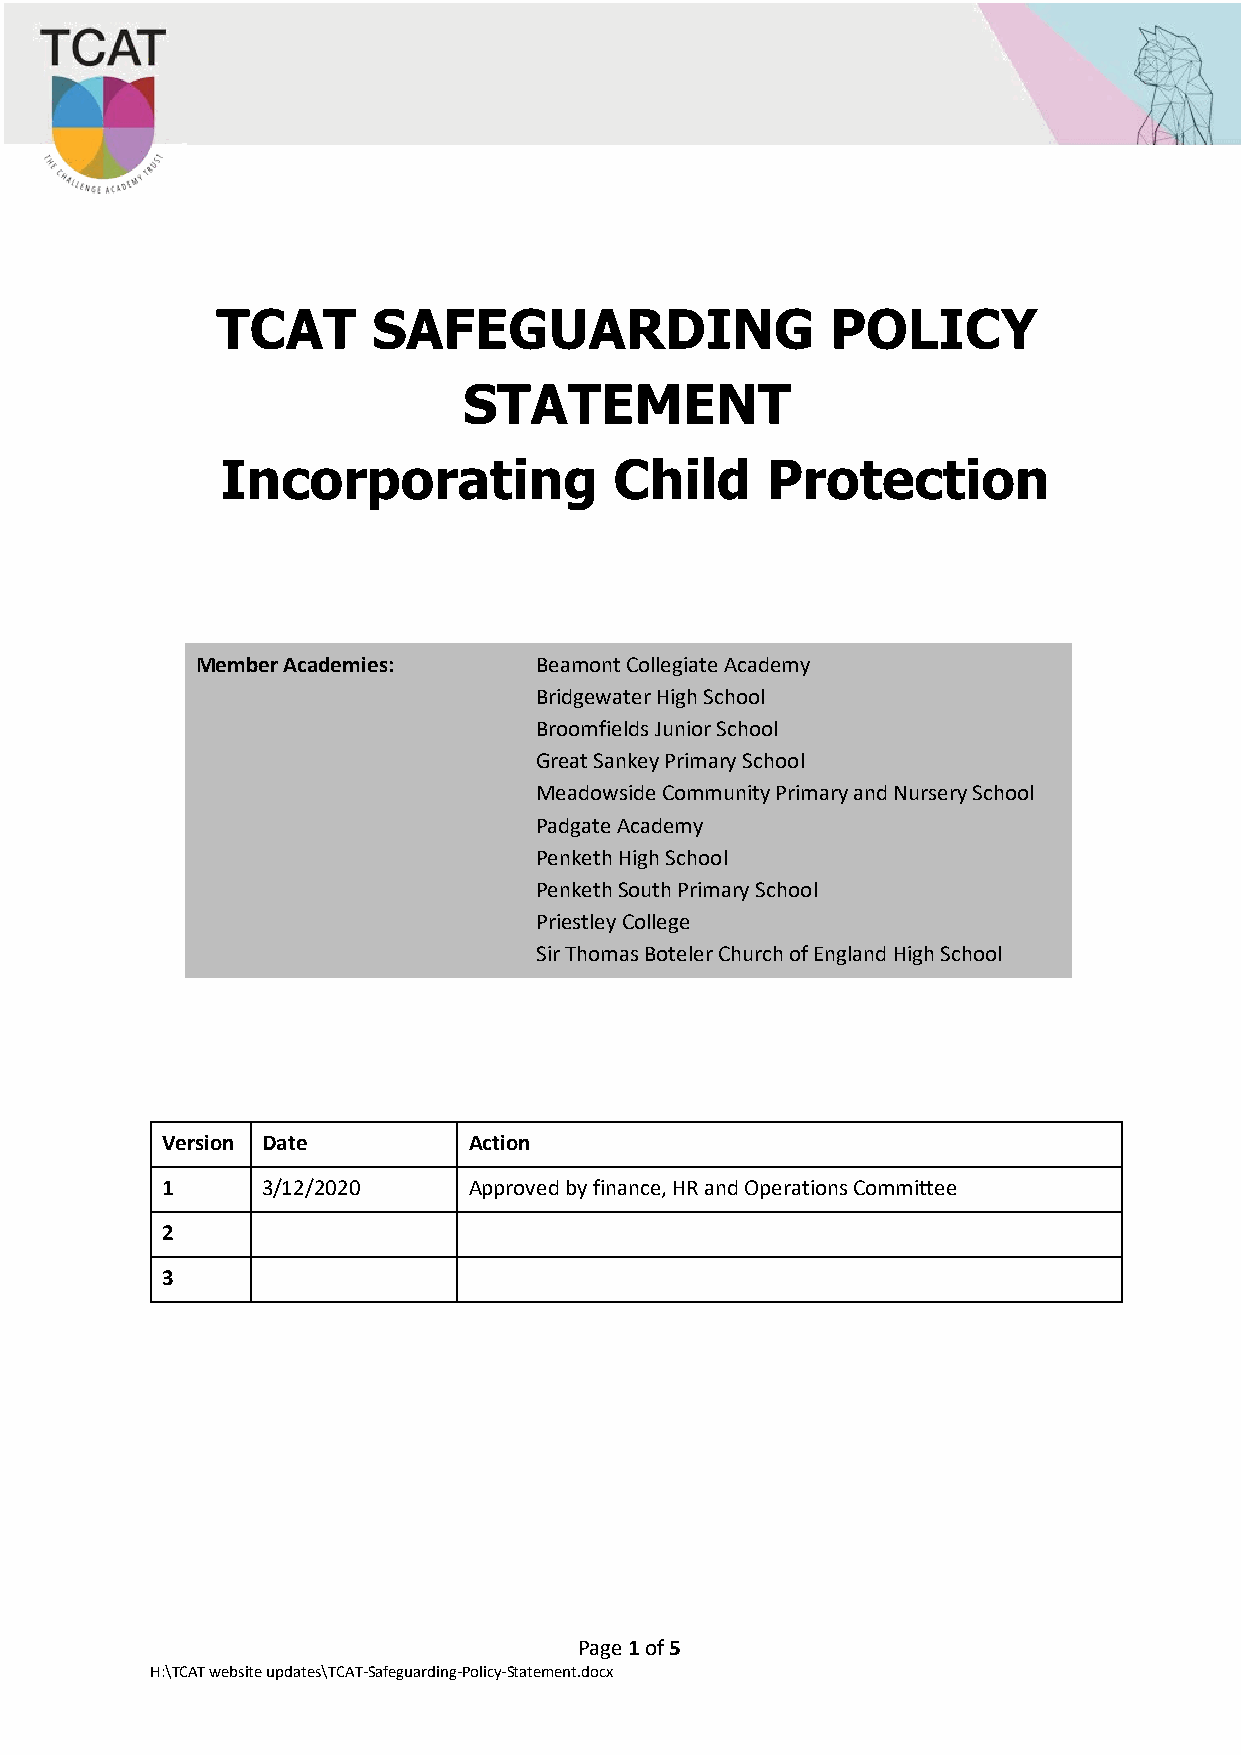
TCAT       SAFEGUARDING                  POLICY
 STATEMENT
 Incorporating             Child     Protection
 Member Academies:     Beamont Collegiate Academy
 Bridgewater High School
 Broomfields Junior School
 Great Sankey Primary School
 Meadowside Community Primary and Nursery School
 Padgate Academy
 Penketh High School
 Penketh South Primary School
 Priestley College
 Sir Thomas Boteler Church of England High School
 Version Date        Action
 1     3/12/2020     Approved by finance, HR and Operations Committee
 2
 3
 Page 1 of 5
 H:\TCAT website updates\TCAT-Safeguarding-Policy-Statement.docx